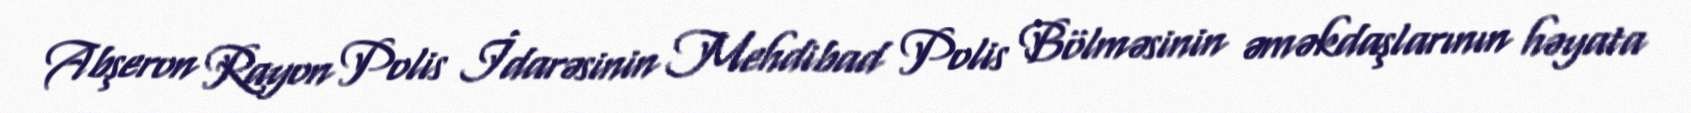
Abşeron Rayon Polis İdarəsinin Mehdibad Polis Bölməsinin əməkdaşlarının həyata